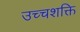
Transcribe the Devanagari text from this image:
उच्चशक्ति